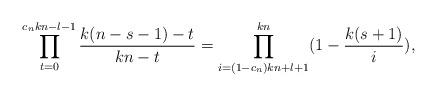
LaTeX: \begin{align*}\prod_{t=0}^{c_nkn-l-1}\frac{k(n-s-1)-t}{kn-t}=\prod_{i=(1-c_n)kn+l+1}^{kn} (1-\frac{k(s+1)}i),\end{align*}